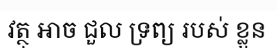
វត្ថុ អាច ជួល ទ្រព្យ របស់ ខ្លួន